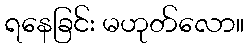
ရနေခြင်း မဟုတ်လော။